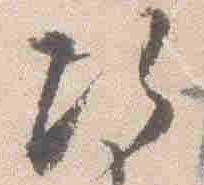
次